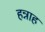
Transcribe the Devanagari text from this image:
हन्नाह